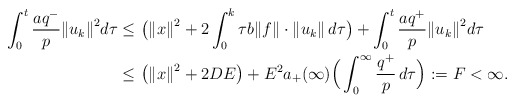
\begin{align*} \int_0^t \frac{aq^-}{p}{\Vert u_{k}\Vert}^2d\tau \le \ &\big( {\Vert x \Vert}^2 + 2\int_0^k\tau b \Vert f\Vert \cdot \Vert u_{k} \Vert \, d\tau \big) + \int_0^t \frac{aq^+}{p}{\Vert u_{k}\Vert}^2d\tau \\\le \ & \big( {\Vert x \Vert}^2 + 2DE \big) + E^2a_+(\infty)\Big(\int_0^{\infty}\frac{q^+}{p}\, d\tau \Big) :=F<\infty.\end{align*}